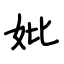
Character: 妣